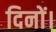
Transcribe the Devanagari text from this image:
दिनों।